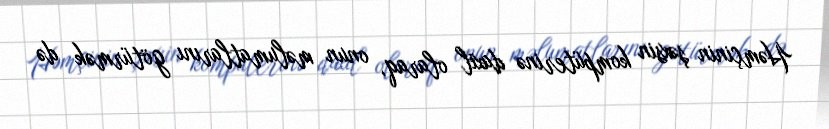
Həmçinin şəxsin kompüterinə daxil olaraq, onun məlumatlarını götürmək də